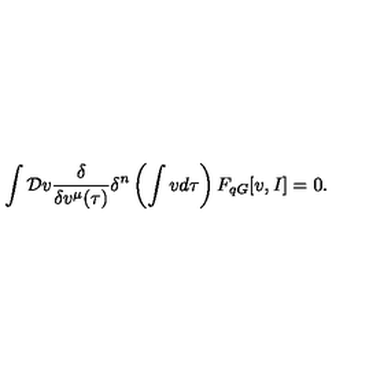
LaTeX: \int { \cal D } v \frac { \delta } { \delta v ^ { \mu } ( \tau ) } \delta ^ { n } \left( \int v d \tau \right) F _ { q G } [ v , I ] = 0 .